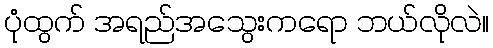
ပုံထွက် အရည်အသွေးကရော ဘယ်လိုလဲ။